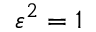
\varepsilon ^ { 2 } = 1